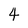
Character: 4